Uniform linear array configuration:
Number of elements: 24
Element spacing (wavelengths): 0.25
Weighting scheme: uniform
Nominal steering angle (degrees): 60
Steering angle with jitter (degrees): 58.172
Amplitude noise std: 0.05
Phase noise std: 0.05

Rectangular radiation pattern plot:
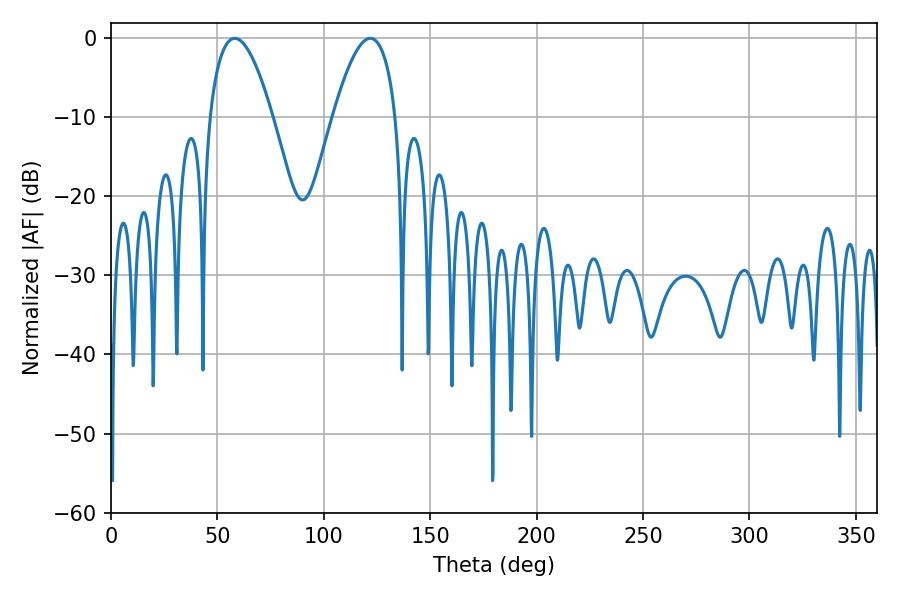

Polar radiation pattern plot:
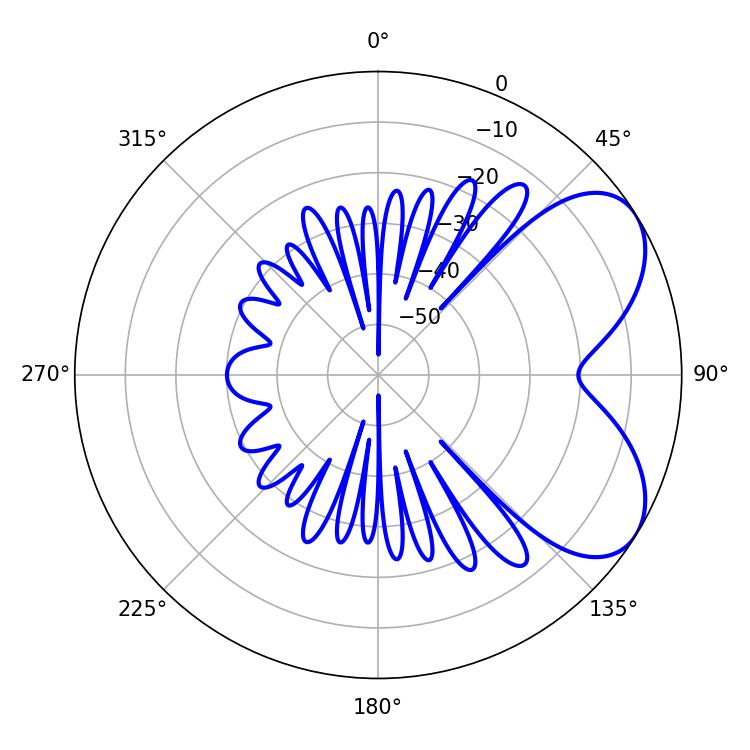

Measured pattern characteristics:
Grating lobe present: FALSE
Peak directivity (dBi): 5.755
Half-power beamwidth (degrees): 16.38
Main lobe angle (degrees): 58.14